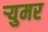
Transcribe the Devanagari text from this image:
र्‍युमर